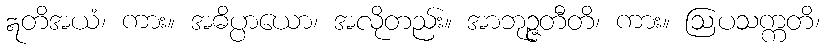
ဣတိအယံ၊ ကား။ အဓိပ္ပာယော၊ အလိုတည်း။ အာဘုဉ္ဇတီတိ၊ ကား။ ဩပသက္ကတိ၊